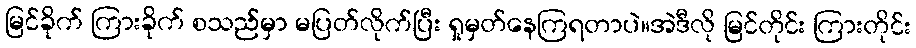
မြင်ခိုက် ကြားခိုက် စသည်မှာ မပြတ်လိုက်ပြီး ရှုမှတ်နေကြရတာပဲ။အဲဒီလို မြင်တိုင်း ကြားတိုင်း